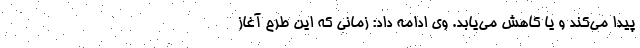
پیدا می‌کند و یا کاهش می‌یابد. وی ادامه داد: زمانی که این طرح آغاز